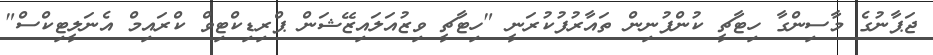
ޖަޕާނުގެ މާސިންގާ ހިޓާޗީ ކުންފުނިން ތައާރުފުކުރަނީ "ހިޓާޗީ ވިޒުއަލައިޒޭޝަން ޕްރިޑިކްޓިވް ކްރައިމް އެނަލީޓިކްސް"